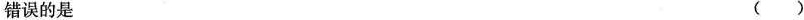
错误的是 （）